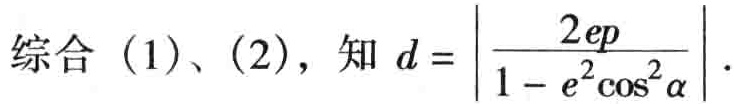
综合 (1)、(2)，知 \(d = \left|\frac{2ep}{1 - e^{2}\cos^{2}\alpha}\right|\)